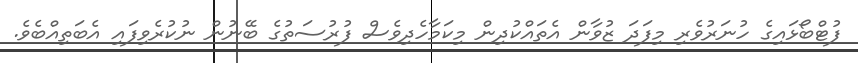
ފުޓްބޯޅައިގެ ހުނަރުވެރި މިފަދަ ޒުވާން އެތައްކުދިން މިކަމާހެދިވެސް ފުރުސަތުގެ ބޭނުން ނުކުރެވިފައި އެބަތިއްބެވެ.